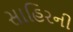
સાહિરની